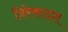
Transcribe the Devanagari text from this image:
त्रिरेकादश